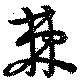
棘